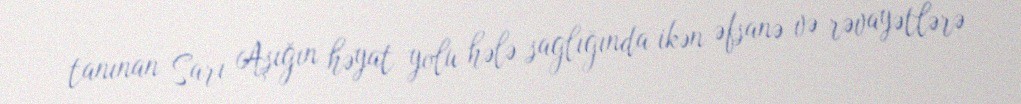
tanınan Sarı Aşığın həyat yolu hələ saglığında ikən əfsanə və rəvayətlərə